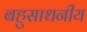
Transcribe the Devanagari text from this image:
बहुसाधनीय